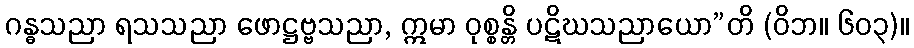
ဂန္ဓသညာ ရသသညာ ဖောဋ္ဌဗ္ဗသညာ, ဣမာ ဝုစ္စန္တိ ပဋိဃသညာယော”တိ (ဝိဘ။ ၆၀၃)။